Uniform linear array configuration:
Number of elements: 24
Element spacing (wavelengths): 1
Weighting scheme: exponential
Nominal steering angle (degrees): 45
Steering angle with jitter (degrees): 46.548
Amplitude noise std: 0.05
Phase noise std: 0.05

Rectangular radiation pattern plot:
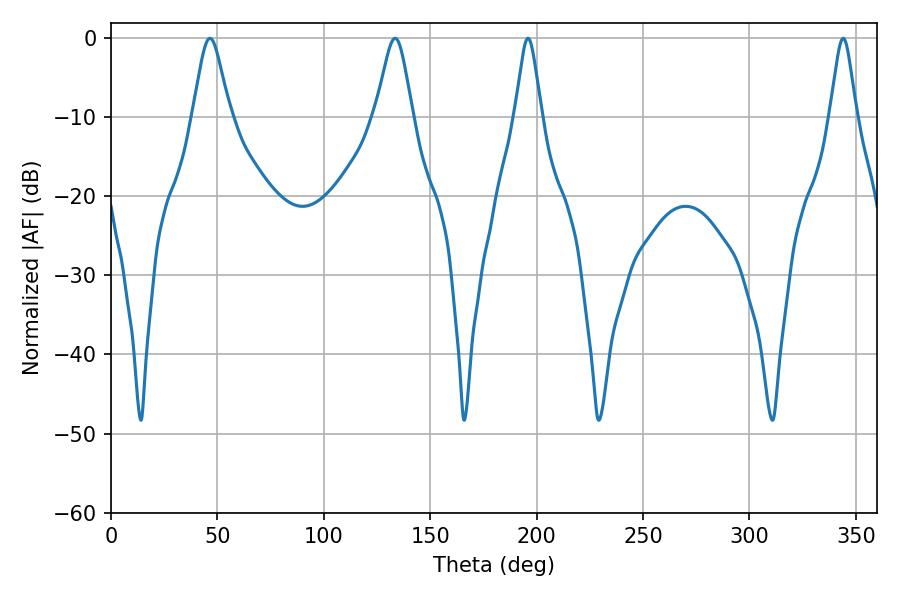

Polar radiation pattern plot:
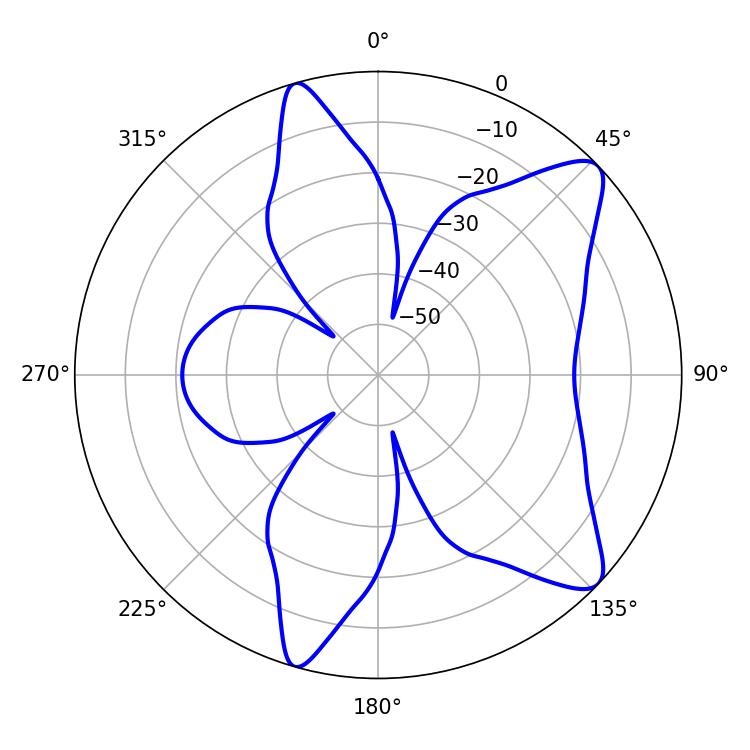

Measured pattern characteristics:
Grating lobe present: TRUE
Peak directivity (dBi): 9.947
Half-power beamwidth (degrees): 8.28
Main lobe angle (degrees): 46.44